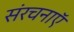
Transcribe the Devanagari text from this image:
संरचनाऍ